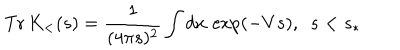
LaTeX: \mathrm { T r } \, K _ { < } ( s ) = \frac { 1 } { ( 4 \pi s ) ^ { 2 } } \int d x \, \exp \left( - V s \right) , \, \, \, s < s _ { \ast }